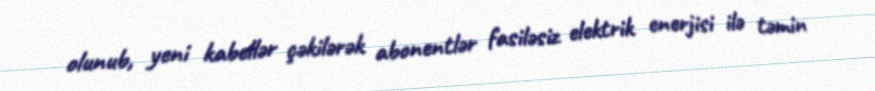
olunub, yeni kabellər çəkilərək abonentlər fasiləsiz elektrik enerjisi ilə təmin